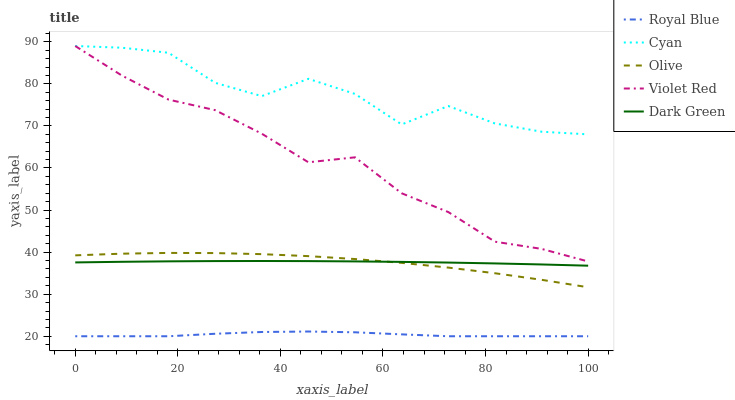
| xaxis_label | Royal Blue | Cyan | Olive | Violet Red | Dark Green |
 | --- | --- | --- | --- | --- | --- |
 | 0 | 20 | 89 | 39.2 | 89 | 37.6 |
 | 9.09 | 20 | 88.6 | 39.6 | 82 | 37.7 |
 | 18.2 | 20 | 87.4 | 39.8 | 76.3 | 37.8 |
 | 27.3 | 20.6 | 80.3 | 39.8 | 73.8 | 37.9 |
 | 36.4 | 21 | 77.1 | 39.5 | 68.2 | 37.9 |
 | 45.5 | 21.1 | 81.2 | 39 | 61.4 | 37.9 |
 | 54.5 | 20.9 | 77.6 | 38.4 | 62.5 | 37.8 |
 | 63.6 | 20.4 | 70.4 | 37.4 | 54 | 37.7 |
 | 72.7 | 20 | 74.7 | 36.3 | 49.5 | 37.5 |
 | 81.8 | 20 | 70.6 | 35 | 42.5 | 37.3 |
 | 90.9 | 20 | 68.6 | 33.4 | 40.8 | 37.1 |
 | 100 | 20 | 68 | 31.6 | 37.8 | 36.8 |